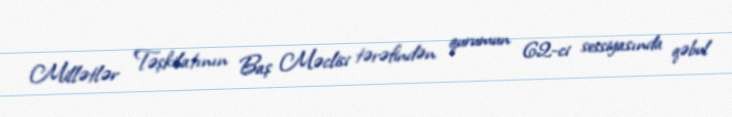
Millətlər Təşkilatının Baş Məclisi tərəfindən qurumun 62-ci sessiyasında qəbul